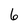
Character: 6